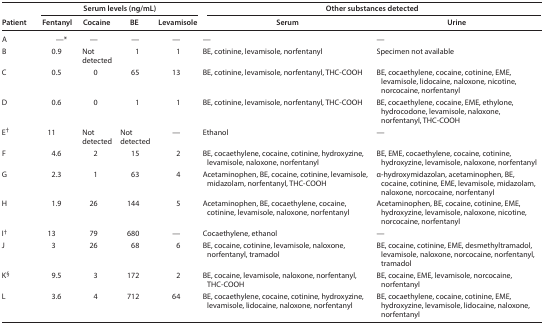
<table><thead><tr><td rowspan="2"><b>Patient</b></td><td colspan="4"><b>Serum levels (ng/mL)</b></td><td colspan="2"><b>Other substances detected</b></td></tr><tr><td><b>Fentanyl</b></td><td><b>Cocaine</b></td><td><b>BE</b></td><td><b>Levamisole</b></td><td><b>Serum</b></td><td><b>Urine</b></td></tr></thead><tbody><tr><td>A</td><td>—*</td><td>—</td><td>—</td><td>—</td><td>—</td><td>—</td></tr><tr><td>B</td><td>0.9</td><td>Not detected</td><td>1</td><td>1</td><td>BE, cotinine, levamisole, norfentanyl</td><td>Specimen not available</td></tr><tr><td>C</td><td>0.5</td><td>0</td><td>65</td><td>13</td><td>BE, cotinine, levamisole, norfentanyl, THC-COOH</td><td>BE, cocaethylene, cocaine, cotinine, EME, levamisole, lidocaine, naloxone, nicotine, norcocaine, norfentanyl</td></tr><tr><td>D</td><td>0.6</td><td>0</td><td>1</td><td>1</td><td>BE, cotinine, levamisole, norfentanyl, THC-COOH</td><td>BE, cocaethylene, cocaine, EME, ethylone, hydrocodone, levamisole, naloxone, norfentanyl, THC-COOH</td></tr><tr><td>E<sup>†</sup></td><td>11</td><td>Not detected</td><td>Not detected</td><td>—</td><td>Ethanol</td><td>—</td></tr><tr><td>F</td><td>4.6</td><td>2</td><td>15</td><td>2</td><td>BE, cocaethylene, cocaine, cotinine, hydroxyzine, levamisole, naloxone, norfentanyl</td><td>BE, EME, cocaethylene, cocaine, cotinine, hydroxyzine, levamisole, naloxone, norfentanyl</td></tr><tr><td>G</td><td>2.3</td><td>1</td><td>63</td><td>4</td><td>Acetaminophen, BE, cocaine, cotinine, levamisole, midazolam, norfentanyl, THC-COOH</td><td>α-hydroxymidazolan, acetaminophen, BE, cocaine, cotinine, EME, levamisole, midazolam, naloxone, norcocaine, norfentanyl</td></tr><tr><td>H</td><td>1.9</td><td>26</td><td>144</td><td>5</td><td>Acetaminophen, BE, cocaethylene, cocaine, cotinine, levamisole, naloxone, norfentanyl</td><td>Acetaminophen, BE, cocaine, cotinine, EME, hydroxyzine, levamisole, naloxone, nicotine, norcocaine, norfentanyl</td></tr><tr><td>I<sup>†</sup></td><td>13</td><td>79</td><td>680</td><td>—</td><td>Cocaethylene, ethanol</td><td>—</td></tr><tr><td>J</td><td>3</td><td>26</td><td>68</td><td>6</td><td>BE, cocaine, cotinine, levamisole, naloxone, norfentanyl, tramadol</td><td>BE, cocaine, cotinine, EME, desmethyltramadol, levamisole, naloxone, norcocaine, norfentanyl, tramadol</td></tr><tr><td>K<sup>§</sup></td><td>9.5</td><td>3</td><td>172</td><td>2</td><td>BE, cocaine, levamisole, naloxone, norfentanyl, THC-COOH</td><td>BE, cocaine, EME, levamisole, norcocaine, norfentanyl</td></tr><tr><td>L</td><td>3.6</td><td>4</td><td>712</td><td>64</td><td>BE, cocaethylene, cocaine, cotinine, hydroxyzine, levamisole, lidocaine, naloxone, norfentanyl</td><td>BE, cocaethylene, cocaine, cotinine, EME, hydroxyzine, levamisole, lidocaine, naloxone, norfentanyl</td></tr></tbody></table>